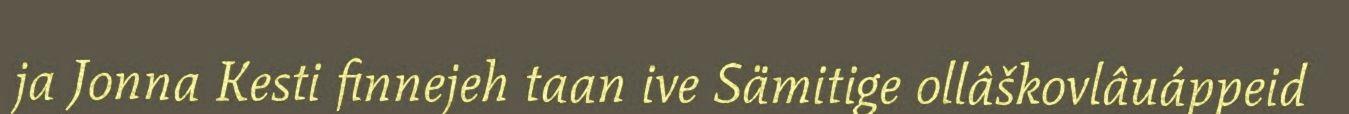
ja Jonna Kesti finnejeh taan ive Sämitige ollâškovlâuáppeid